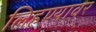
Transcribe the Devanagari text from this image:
लिहण्यावर